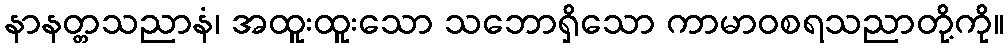
နာနတ္တသညာနံ၊ အထူးထူးသော သဘောရှိသော ကာမာဝစရသညာတို့ကို။